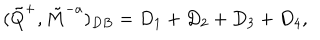
( \tilde { Q } ^ { + } , \tilde { M } ^ { - a } ) _ { D B } = D _ { 1 } + D _ { 2 } + D _ { 3 } + D _ { 4 } ,